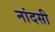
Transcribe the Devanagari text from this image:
नांदसी